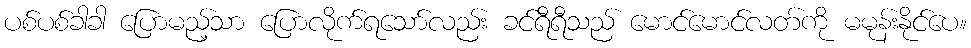
ပစ်ပစ်ခါခါ ပြောမည့်သာ ပြောလိုက်ရသော်လည်း ခင်ရီရီသည် မောင်မောင်လတ်ကို မမုန်းနိုင်ပေ။